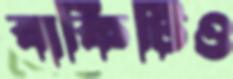
বাকিটিও